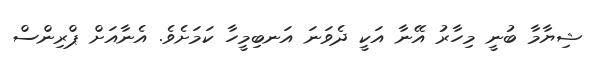
ޝިޔާމާ ބުނީ މިހާރު އޭނާ އަކީ ދެވަނަ އަނބިމީހާ ކަމަށެވެ. އެނާއަށް ޕްރިންސް